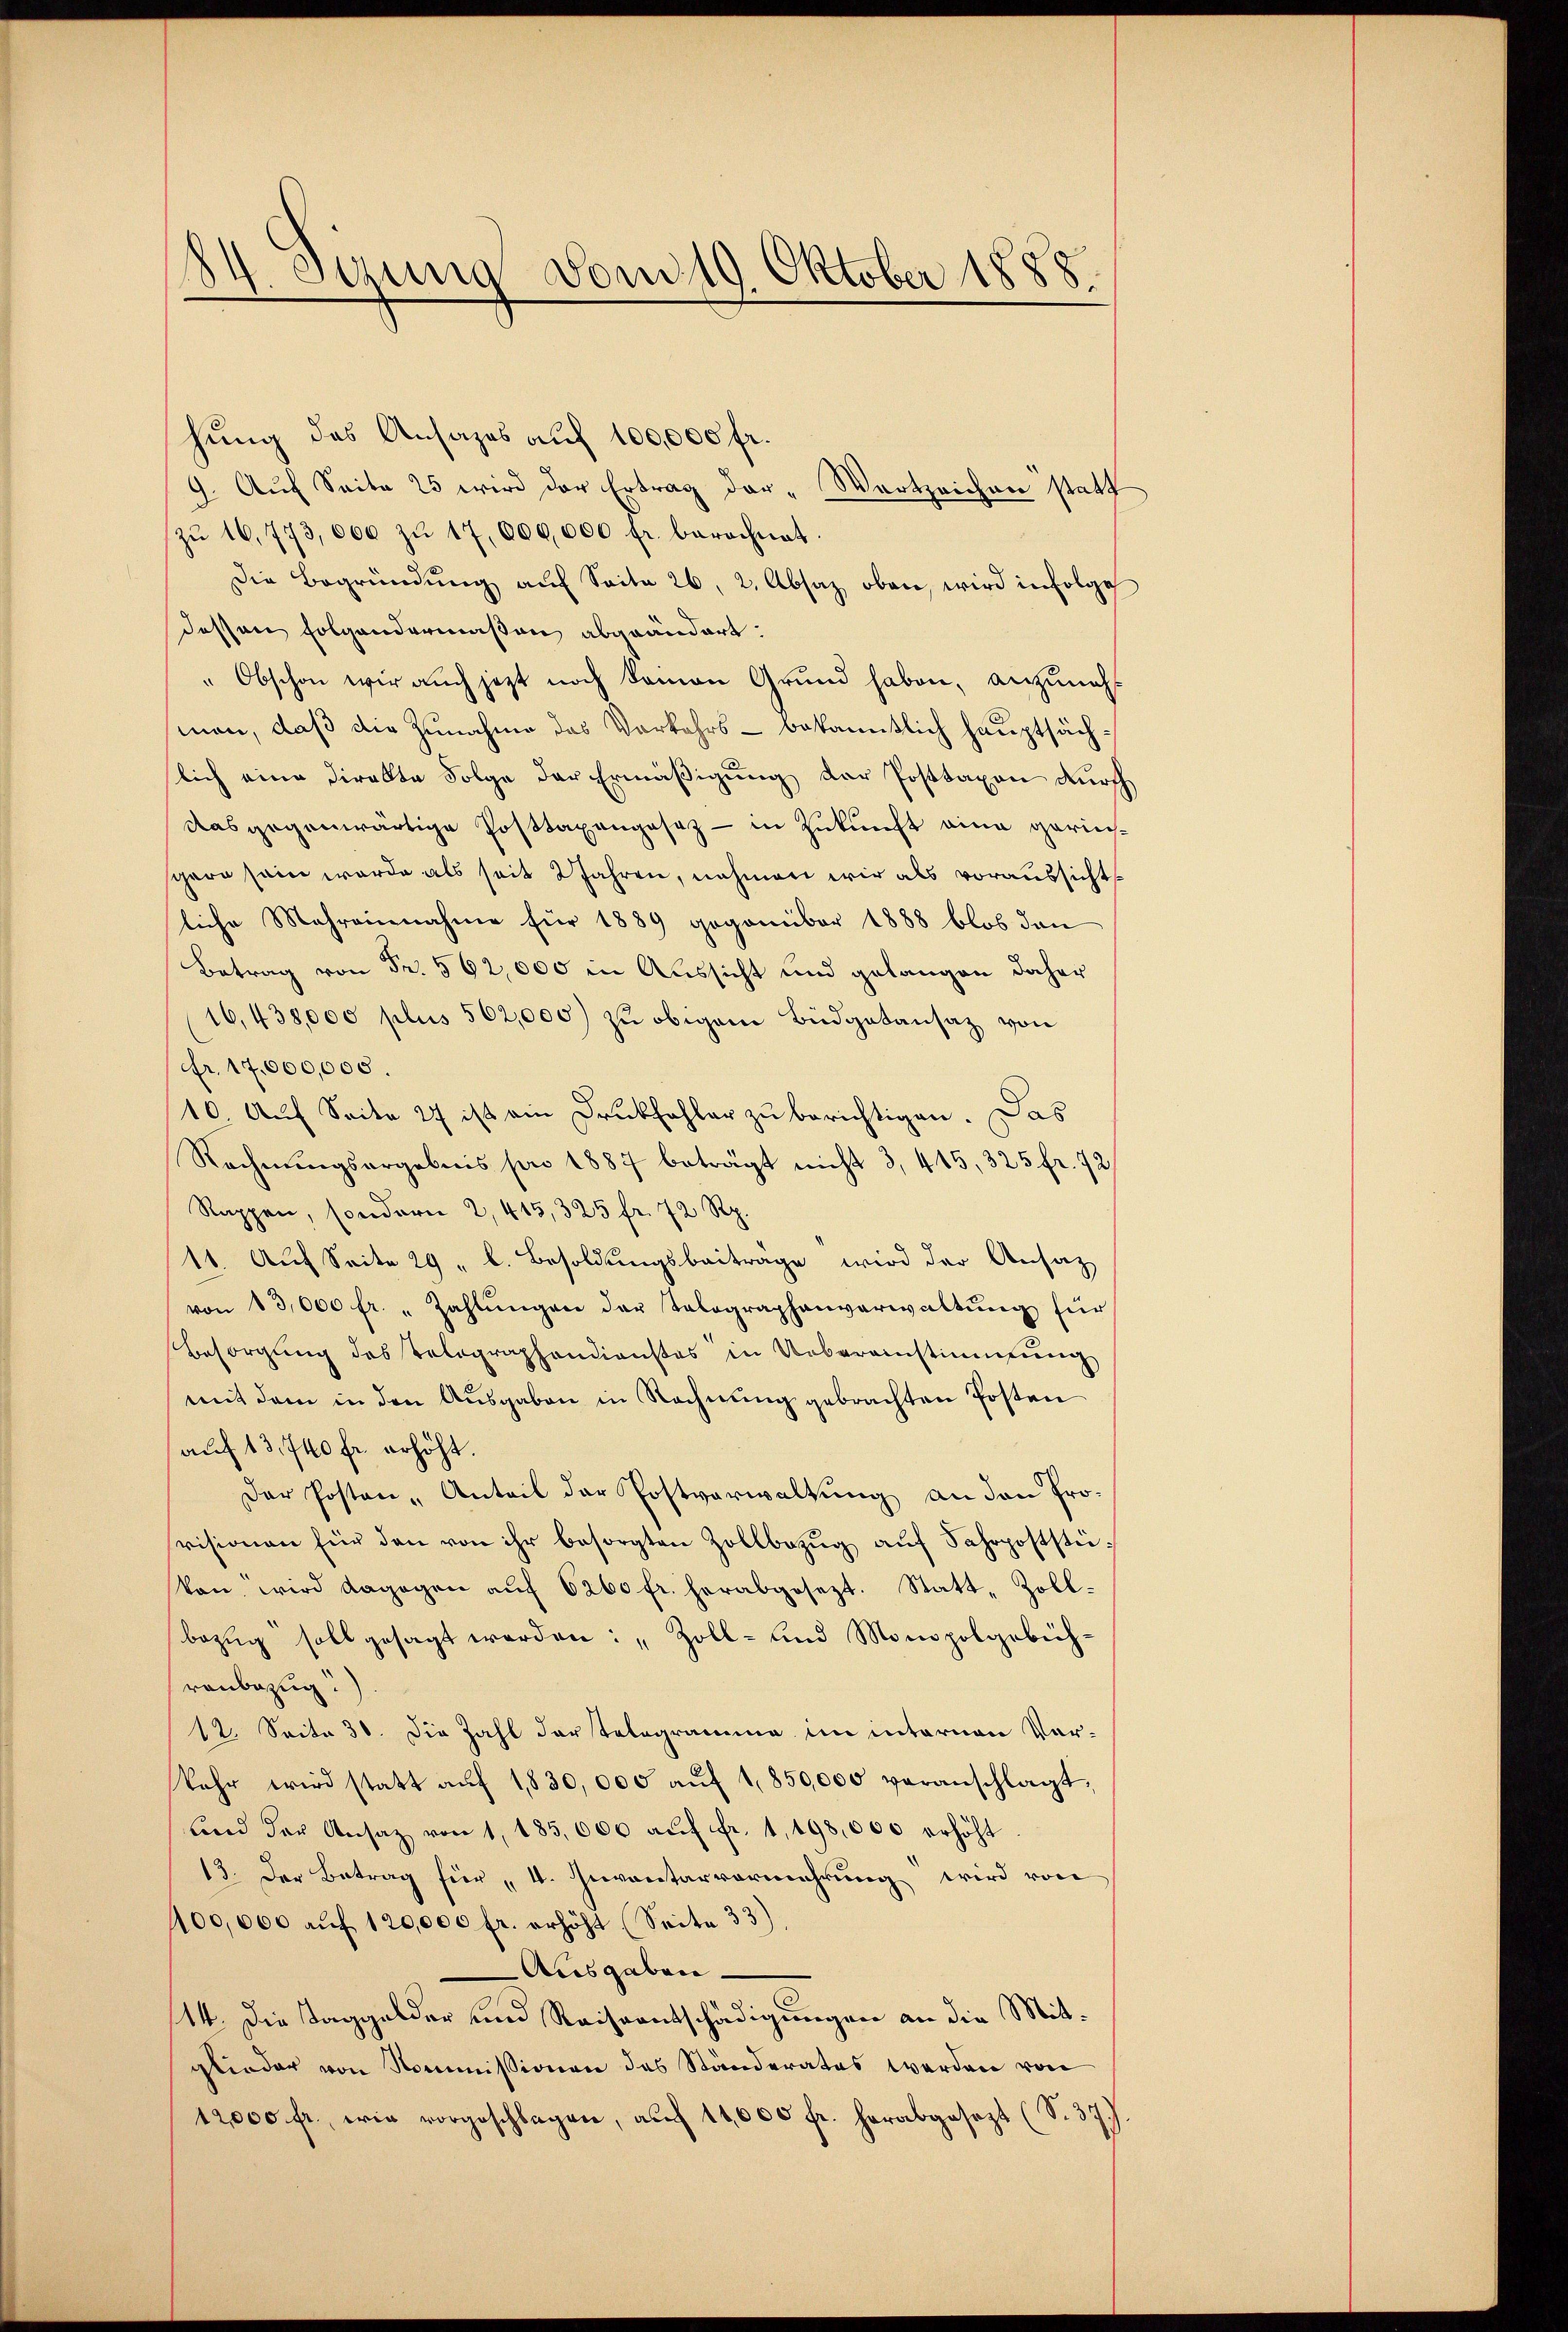
84. Syzung vom 19. Oktober 1888.

hung des Ansages auf 100,000 fr.
9. Auf Seite 25 wird der Ertrag dar-Wartzeichen statt
zŭ 16, 773,000 zŭ 17,000,000 fr. berechnet.
Die Begründŭng aŭf Seite 26, 2. Absaz oben, wird infolge
dessen folgendermaßen abgeändert.
"Obschon wir auch jetzt noch kamen Grund haben, anzunehman, daß die Zunahme des Vorkehrs- bekanntlich hauptsächslich eine Direkte Folge der Ermäßigung der Posttaxen durch
das gegenwärtige Posttaxengesez - in Zukunft eine gerincere sein werde als seit Jahren, nehmen wir als voraussichtsliche Mehreinnahme für 1889 gegenüber 1888 blos dann
Betrag von Fr. 562,000 in Aussicht und gelangen daher
16,438,000 plus 562,000 zu obigem Büdgetansaz von
Fr. 17,000,000.
10. Auf Seite 27 ist ein Druckfehler zu berichtigen. Das
Rechnŭngsergebnis pro 1887 beträgt nicht 3, 415, 325 fr. 72
Rappen, sondern 2, 415, 325 fr. 72 Rp.
11. Auf Seite 29 . l. Besoldungsbeitrage wird der Ansatz
von 13,000 fr. „Zahlŭngen der Telegraphenverwaltŭng für
Besorgŭng des Telegraphendienstes in Uebereinstimmung
mit dem in den Aŭsgaben in Rechnŭng gebrachten Posten
auf 13,740 fr. erhöht.
Der Posten - Anteil der Postverwaltung an den Provisionen für den von ihr besorgten Zollbezŭg aŭf Fahrpoststüvon, wird dagegen aŭf 6260 fr. herabgesezt. Statt-Zoll-
bezŭg soll gesagt werden: „Zoll- und Monopolgebührenbezug
12. Seite 30. Die Zahl der Telegramme im internen Vorkehr wird statt aŭf 1830,000 aŭf 1850,000 veranschlagt,
ŭnd der Ansaz von 1, 185,000 aŭf fr. 1,198,000 erhöht
13. Der Betrag für 4. Inventarvermehrung wird von
100,000 aŭf 120,000 fr. erhöht (Seite 33)
Ausgaben.
44. Die Taggelder und Reiseentschädigungen an die Mitglieder von Kommissionen des Ständerates werden von
12,000 fr., wie vorgeschlagen, aŭf 11,000 fr. herabgesezt (S. 37).